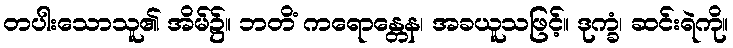
တပါးသောသူ၏ အိမ်၌။ ဘတိံ ကရောန္တေန၊ အခယူသဖြင့်။ ဒုက္ခံ၊ ဆင်းရဲကို။